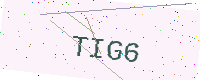
Text: TIG6